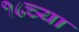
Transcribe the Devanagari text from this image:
१८च्या